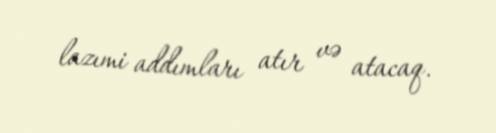
lazımi addımları atır və atacaq.